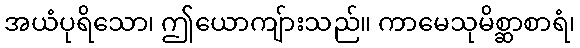
အယံပုရိသော၊ ဤယောကျ်ားသည်။ ကာမေသုမိစ္ဆာစာရံ၊